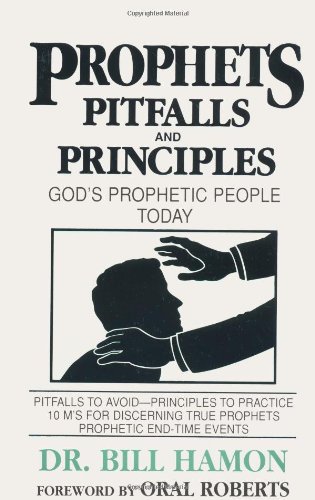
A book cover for Prophets, Pitfalls and Principles: God's Prophetic People Today (Prophets (Christian International)); Bill Hamon; Christian Books & Bibles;